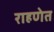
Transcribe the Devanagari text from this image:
राहणेत